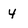
Character: 4